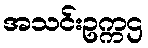
အသင်းဥက္ကဌ